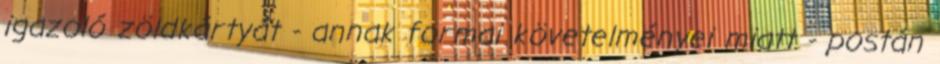
igazoló zöldkártyát - annak formai követelményei miatt - postán